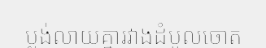
ប្លង់លាយគ្នារវាងដំបូលចោត